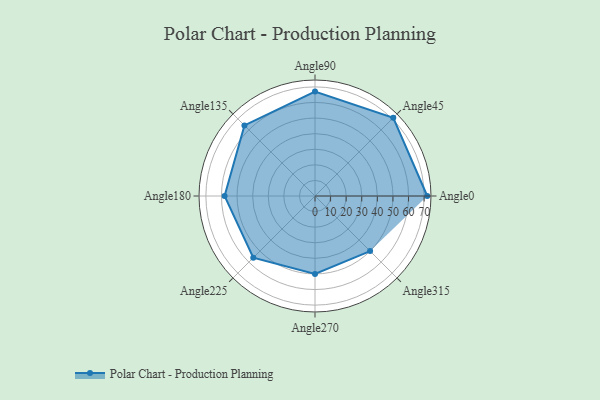
{"axis": {"x": "Angle", "y": "Radius"}, "legend": [""], "data": [{"x": "Angle0", "y": 72.0, "type": ""}, {"x": "Angle45", "y": 71.0, "type": ""}, {"x": "Angle90", "y": 67.0, "type": ""}, {"x": "Angle135", "y": 64.0, "type": ""}, {"x": "Angle180", "y": 58.0, "type": ""}, {"x": "Angle225", "y": 56.0, "type": ""}, {"x": "Angle270", "y": 50.0, "type": ""}, {"x": "Angle315", "y": 50, "type": ""}]}